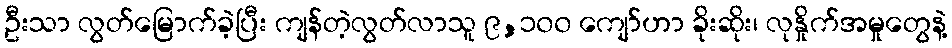
ဦးသာ လွတ်မြောက်ခဲ့ပြီး ကျန်တဲ့လွတ်လာသူ ၉,၁၀၀ ကျော်ဟာ ခိုးဆိုး၊ လုနှိုက်အမှုတွေနဲ့